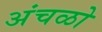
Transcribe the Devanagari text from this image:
अंचळो